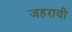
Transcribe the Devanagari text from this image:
जहरावी